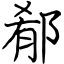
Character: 郩